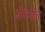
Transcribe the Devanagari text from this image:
बेनका